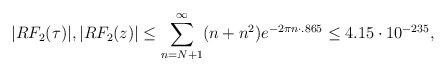
LaTeX: \begin{align*}|RF_2(\tau)|,|RF_2(z)| \leq \sum_{n=N+1}^\infty (n+n^2)e^{-2\pi n \cdot .865} \leq 4.15 \cdot 10^{-235},\end{align*}